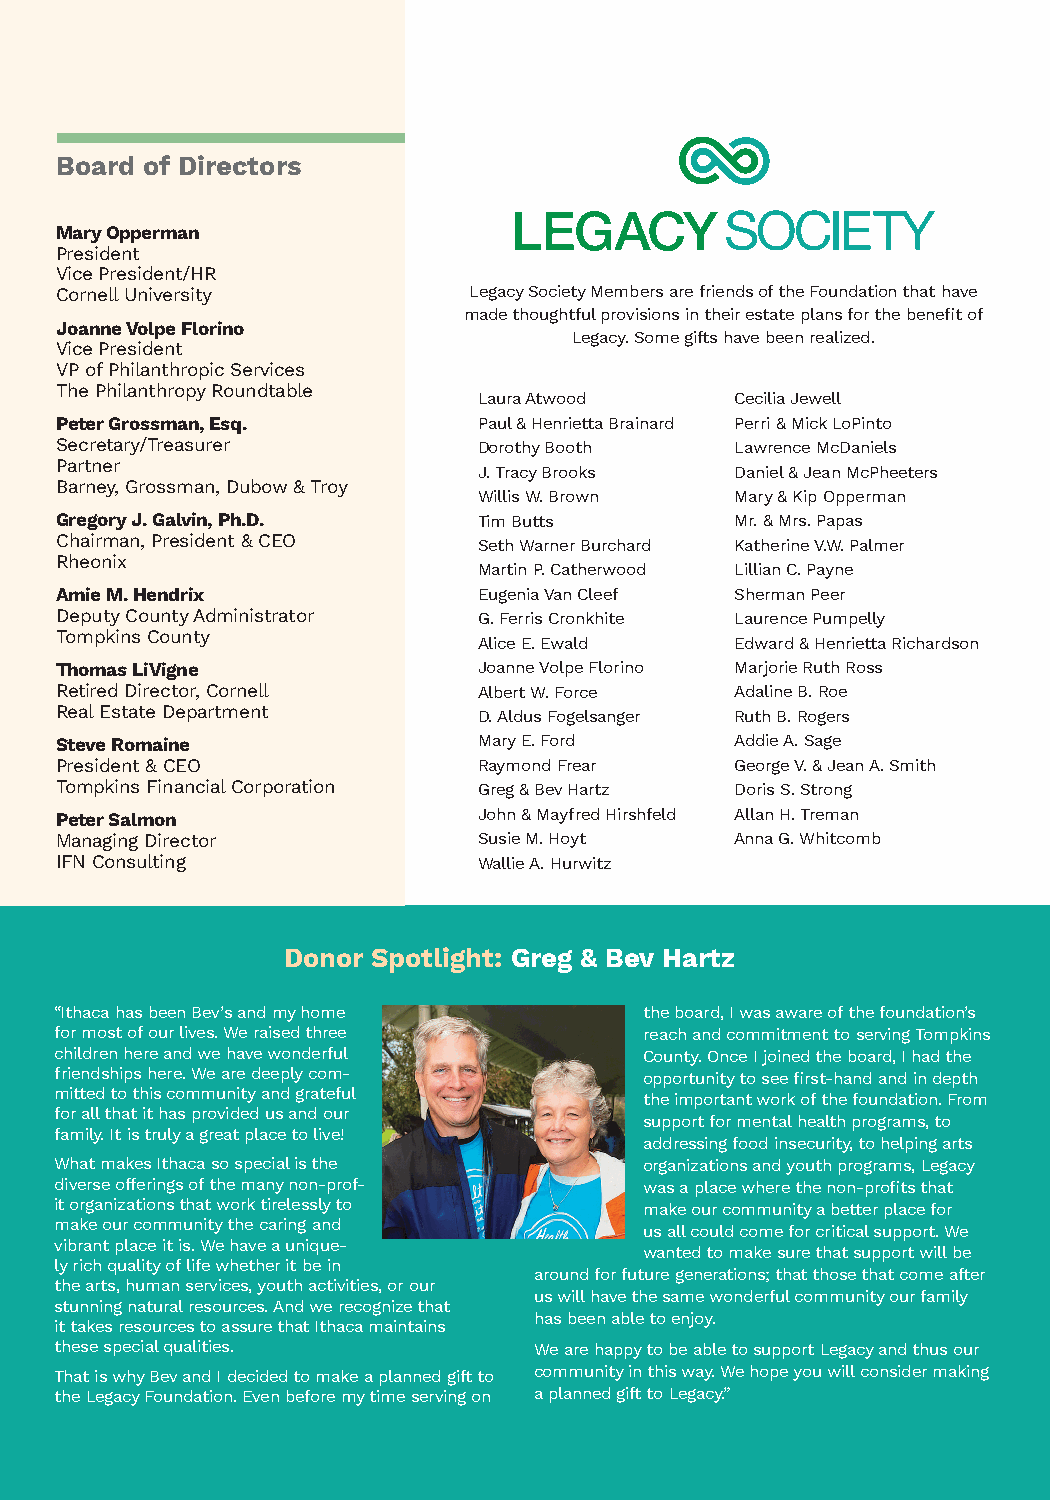
Legacy Foundation of Tompkins County - Legacy Society                  Nov. 2021
 Board of Directors
 2020
 Mary Opperman
 President
 Vice President/HR
 Cornell University         Legacy Society Members are friends of the Foundation that have
 made thoughtful provisions in their estate plans for the benefit of
 Joanne Volpe Florino
 Legacy. Some gifts have been realized.
 Vice President
 VP of Philanthropic Services
 The Philanthropy Roundtable
 Laura Atwood     Cecilia Jewell
 Peter Grossman, Esq.        Paul & Henrietta Brainard Perri & Mick LoPinto
 Secretary/Treasurer         Dorothy Booth    Lawrence McDaniels
 Partner
 J.Tracy Brooks   Daniel & Jean McPheeters
 Barney, Grossman, Dubow & Troy
 Willis W. Brown  Mary & Kip Opperman
 Gregory J. Galvin, Ph.D.    Tim Butts        Mr. & Mrs. Papas
 Chairman, President & CEO   Seth Warner Burchard Katherine V.W. Palmer
 Rheonix
 Martin P. Catherwood Lillian C. Payne
 Amie M. Hendrix             Eugenia Van Cleef Sherman Peer
 Deputy County Administrator G.Ferris Cronkhite Laurence Pumpelly
 Tompkins County
 Alice E. Ewald   Edward & Henrietta Richardson
 Thomas LiVigne              Joanne Volpe Florino Marjorie Ruth Ross
 Retired Director, Cornell   Albert W. Force  Adaline B. Roe
 Real Estate Department      D.Aldus Fogelsanger Ruth B. Rogers
 Steve Romaine               Mary E. Ford     Addie A. Sage
 President & CEO             Raymond Frear    George V. & Jean A. Smith
 Tompkins Financial Corporation Greg & Bev Hartz Doris S. Strong
 Peter Salmon                John & Mayfred Hirshfeld Allan H. Treman
 Managing Director           Susie M. Hoyt    Anna G. Whitcomb
 IFN Consulting              Wallie A. Hurwitz
 Donor Spotlight: Greg & Bev Hartz
 “Ithaca has been Bev’s and my home     the board, I was aware of the foundation’s
 for most of our lives. We raised three reach and commitment to serving Tompkins
 children here and we have wonderful    County. Once I joined the board, I had the
 Summary of Endowments Fund Accounts friendships here. We are deeply com- opportunity to see first-hand and in depth
 mitted to this community and grateful
 as of12.31.20                              the important work of the foundation. From
 for all that it has provided us and our
 support for mental health programs, to
 family. It is truly a great place to live!
 addressing food insecurity, to helping arts
 What makes Ithaca so special is the    organizations and youth programs, Legacy
 diverse offerings of the many non-prof- was a place where the non-profits that
 it organizations that work tirelessly to make our community a better place for
 make our community the caring and      us all could come for critical support. We
 vibrant place it is. We have a unique-
 wanted to make sure that support will be
 ly rich quality of life whether it be in
 around for future generations; that those that come after
 the arts, human services, youth activities, or our
 us will have the same wonderful community our family
 stunning natural resources. And we recognize that
 has been able to enjoy.
 it takes resources to assure that Ithaca maintains
 these special qualities.       We are happy to be able to support Legacy and thus our
 That is why Bev and I decided to make a planned gift to community in this way. We hope you will consider making
 the Legacy Foundation. Even before my time serving on a planned gift to Legacy.”